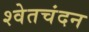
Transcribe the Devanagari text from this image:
श्‍वेतचंदन